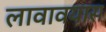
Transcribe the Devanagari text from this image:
लावावयास